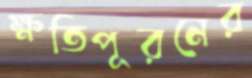
ক্ষতিপূরনের